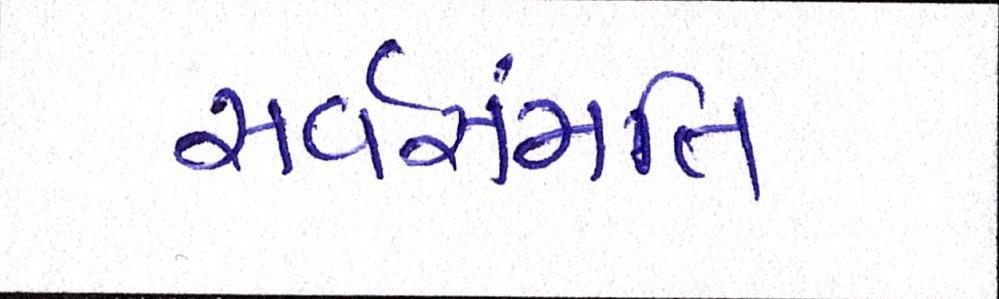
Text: સર્વસંમતિ